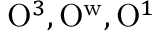
\mathrm { O } ^ { 3 } , \mathrm { O } ^ { \mathrm { w } } , \mathrm { O } ^ { 1 }